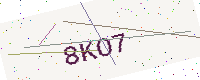
Text: 8KO7